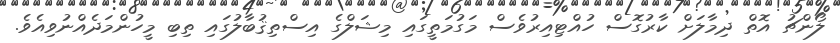
ލޯންޗު އޮތް ދިމާލަށް ކާރުގޮސް ހުއްޓިއިރުވެސް މަގުމަތީގައި މިޝަލްގެ އިސްތިޤުބާލުގައި ތިބި މީހުންމަދެއްނުވިއެވެ.